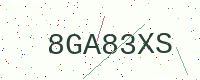
Text: 8GA83XS